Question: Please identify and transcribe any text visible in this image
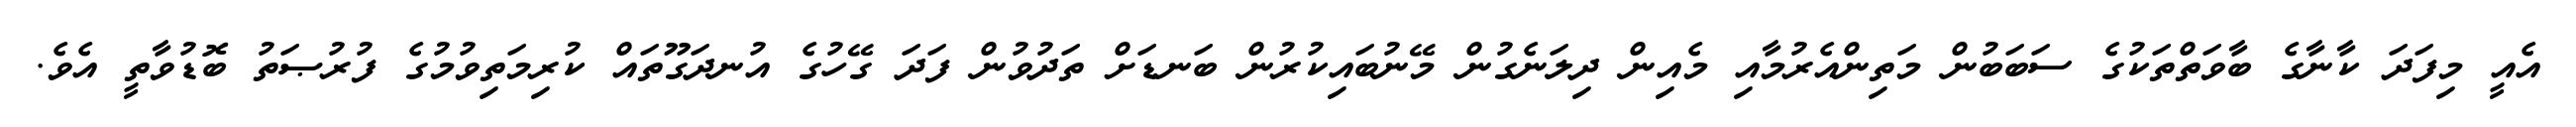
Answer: އެއީ މިފަދަ ކާނާގެ ބާވަތްތަކުގެ ސަބަބުން މަތިންއެރުމާއި މެއިން ދިލަނެގުން މޭނުބައިކުރުން ބަނޑަށް ތަދުވުން ފަދަ ގޭހުގެ އުނދަގޫތައް ކުރިމަތިވުމުގެ ފުރުޞަތު ބޮޑުވާތީ އެވެ.